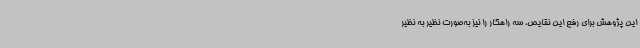
این پژوهش برای رفع این نقایص، سه راهکار را نیز به‌صورت نظیر به نظیر